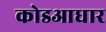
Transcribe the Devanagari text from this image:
कोडआधार